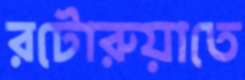
রটোরুয়াতে